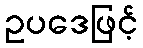
ဥပဒေဖြင့်